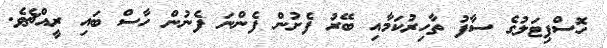
ހޮސްޕިޓަލުގެ ސާފު ތާހިރުކަމާއި ބޭރު ފެށުން ފެންނަ ފެނުން ހާސް ބައި ރީއްޗެވެ.